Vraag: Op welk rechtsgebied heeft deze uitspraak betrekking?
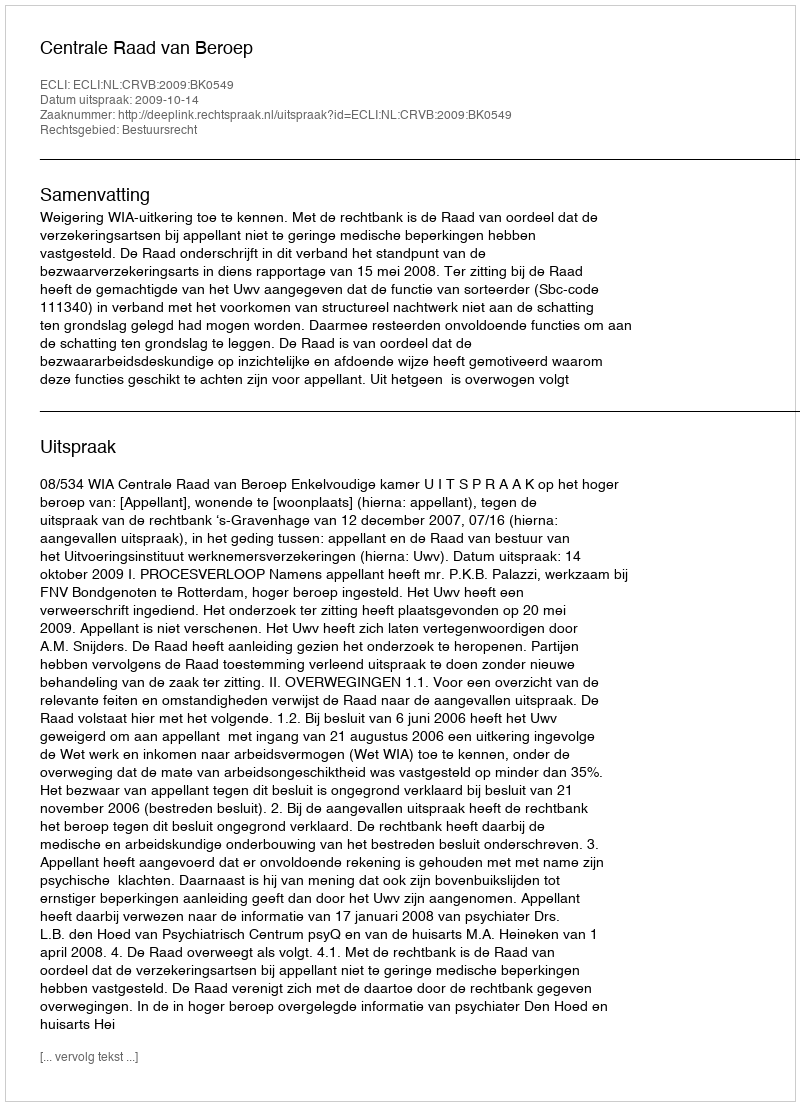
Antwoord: Bestuursrecht